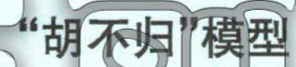
“胡不归”模型